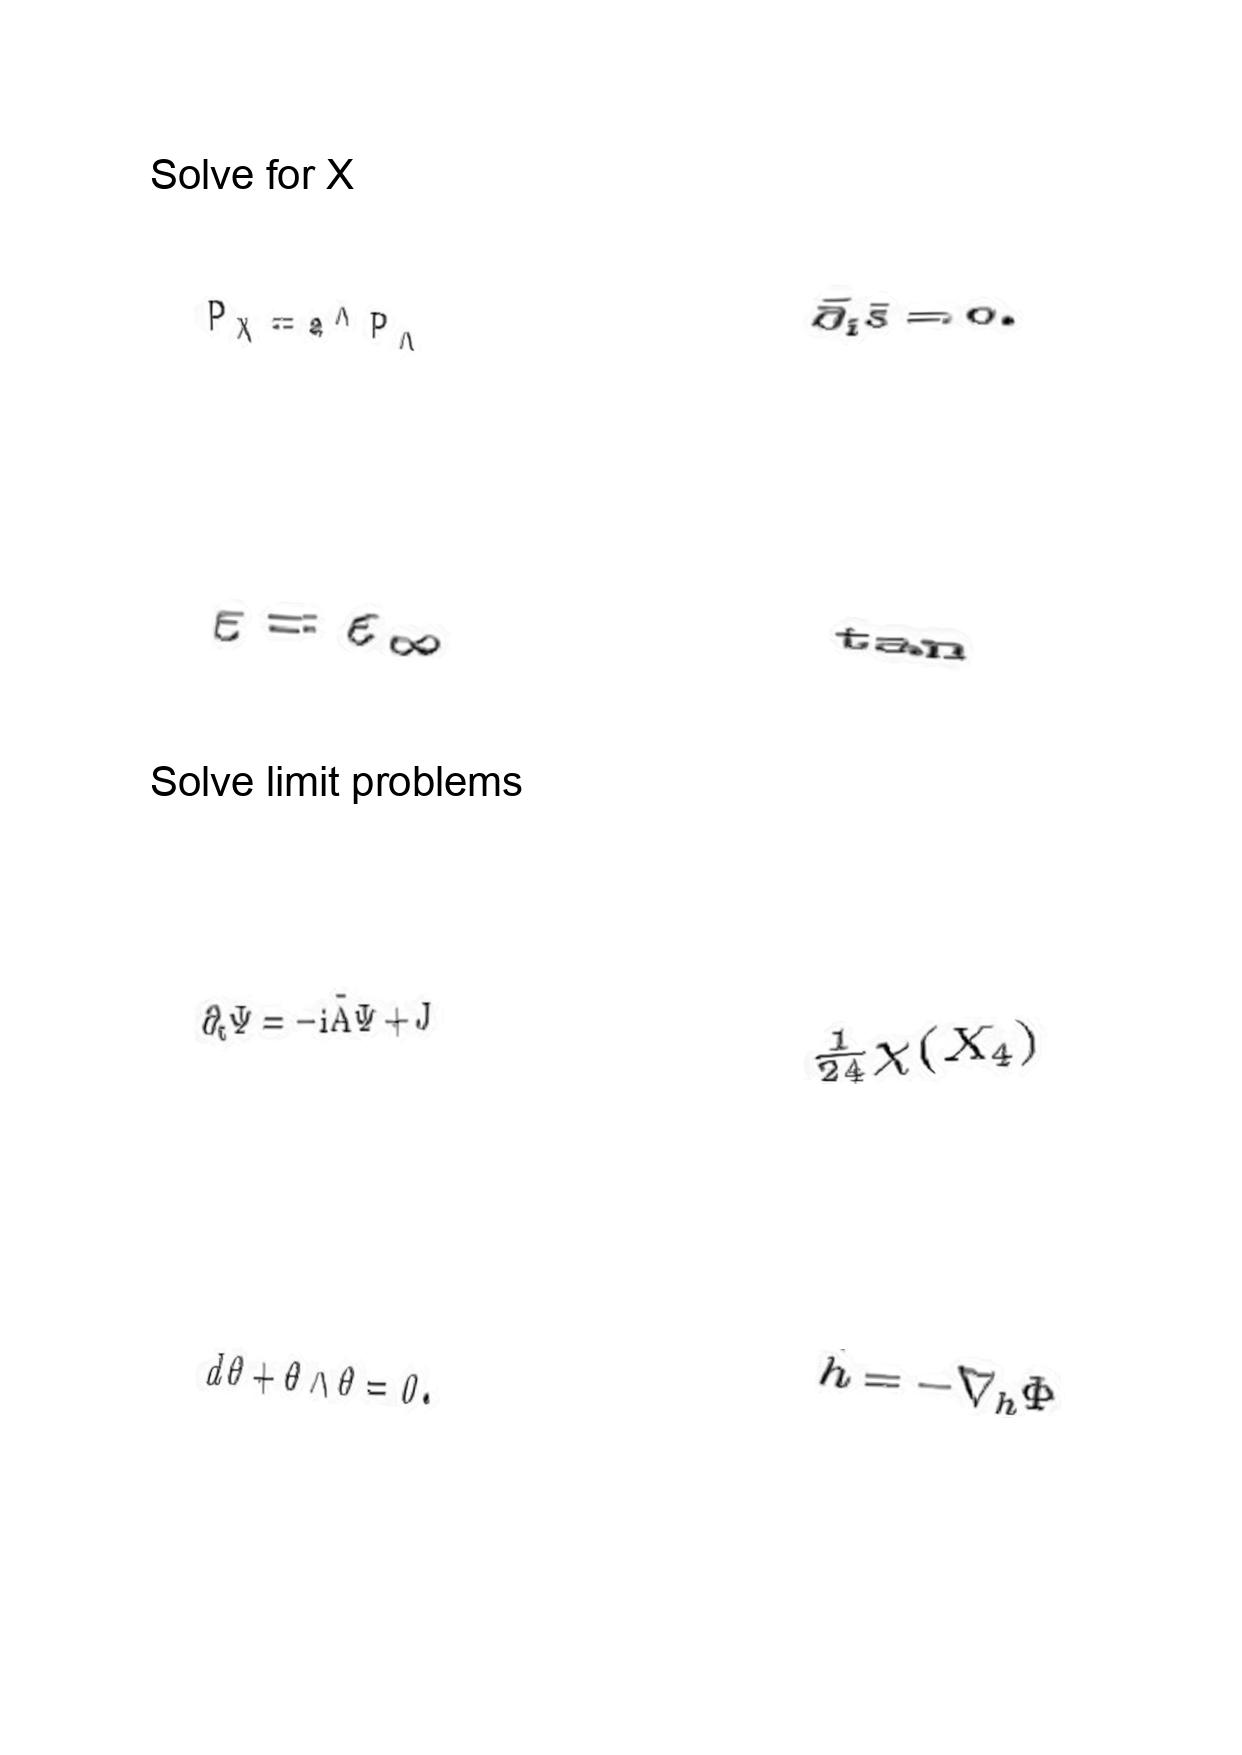
LaTeX transcription:
P _ { X } = a ^ { \Lambda } P _ { \Lambda }
\varepsilon = \varepsilon _ { \infty }
\partial _ { t } \Psi = - i \tilde { A } \Psi + J
d \theta + \theta \wedge \theta = 0 .
\bar { \partial } _ { i } \tilde { s } = 0 .
\tan
\frac { 1 } { 2 4 } \chi \lparen X _ { 4 } \rparen
\ddot { h } = - \nabla _ { h } \Phi